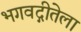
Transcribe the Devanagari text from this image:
भगवद्गीतेला